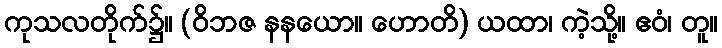
ကုသလတိုက်၌။ (ဝိဘဇ နနယော။ ဟောတိ) ယထာ၊ ကဲ့သို့။ ဧဝံ၊ တူ။